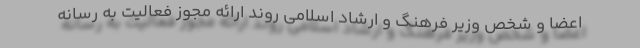
اعضا و شخص وزیر فرهنگ و ارشاد اسلامی روند ارائه مجوز فعالیت به رسانه